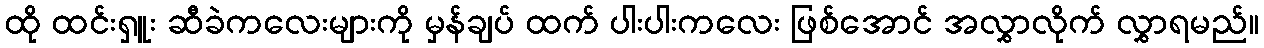
ထို ထင်းရှူး ဆီခဲကလေးများကို မှန်ချပ် ထက် ပါးပါးကလေး ဖြစ်အောင် အလွှာလိုက် လွှာရမည်။